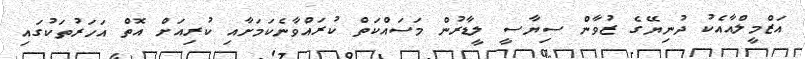
އަޒްމީލްއާއެކު ދުނިޔޭގެ ޒުވާން ސިޔާސީ ލީޑާރުން މަސައްކަތް ކުރައްވާނެކަމަށާއި ކުރިއަށް އޮތް އަހަރުތަކުގައި